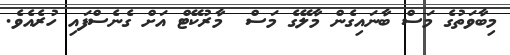
މިބާވަތުގެ މަސް ބާނައިގެން މާލޭގެ މަސް  މާރުކޭޓް އަށް ގެނެސްފައި ހުރެއެވެ.